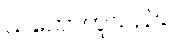
သဘောတူသည်။